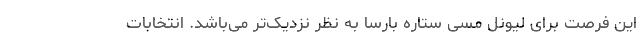
این فرصت برای لیونل مسی ستاره بارسا به نظر نزدیک‌تر می‌باشد. انتخابات